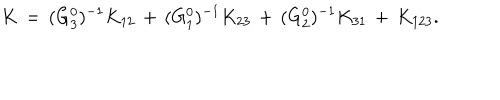
K \, = \, ( G _ { 3 } ^ { 0 } ) ^ { - 1 } K _ { 1 2 } \, + \, ( G _ { 1 } ^ { 0 } ) ^ { - 1 } K _ { 2 3 } \, + \, ( G _ { 2 } ^ { 0 } ) ^ { - 1 } K _ { 3 1 } \, + \, K _ { 1 2 3 } .